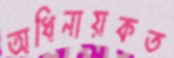
অধিনায়কত